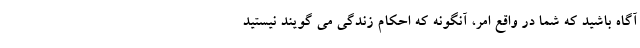
آگاه باشید که شما در واقع امر، آنگونه که احکام زندگی می گویند نیستید